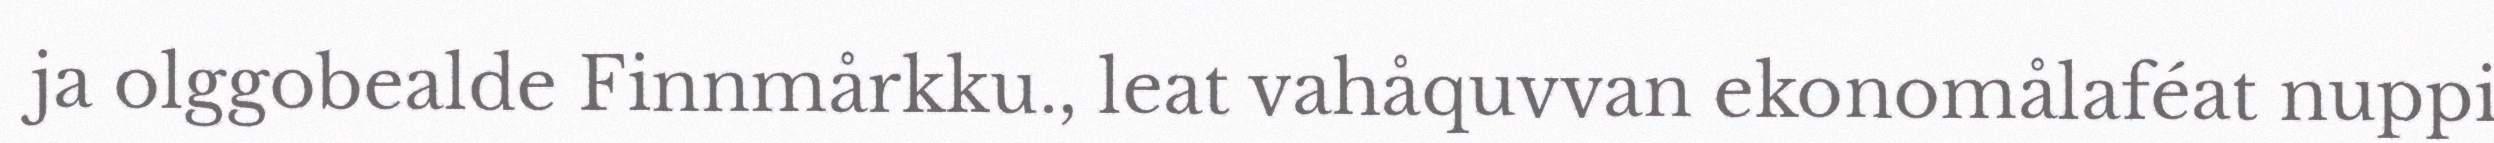
ja olggobealde Finnmårkku., leat vahåquvvan ekonomålaféat nuppi